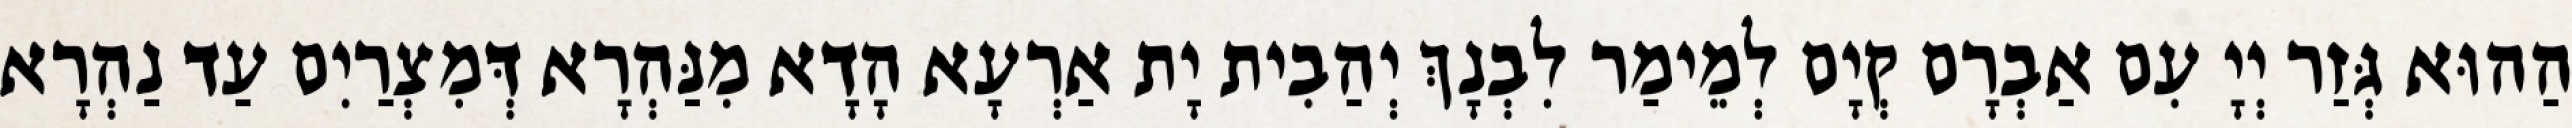
הַהוּא גְּזַר יְיָ עִם אַבְרָם קְיָם לְמֵימַר לִבְנָךְ יְהַבִית יָת אַרְעָא הָדָא מִנַּהְרָא דְּמִצְרַיִם עַד נַהְרָא